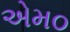
એમ૦